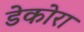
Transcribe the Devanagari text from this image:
डेकोरा